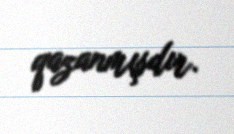
qazanmışdır.